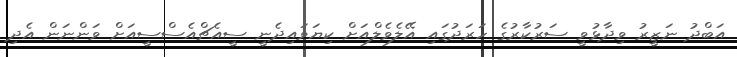
އަބްދު ނަޒީރު ވިދާޅުވީ ސަރުކާރުގެ ހަރަދުގައި އޭލެވެލްއަށް ކިޔަވައިދެނީ ސީއެޗްއެސްސީއަށް ވަންނަން އެދި